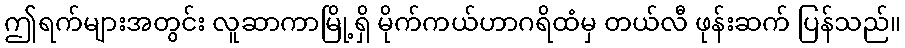
ဤရက်များအတွင်း လူဆာကာမြို့ရှိ မိုက်ကယ်ဟာဂရိထံမှ တယ်လီ ဖုန်းဆက် ပြန်သည်။